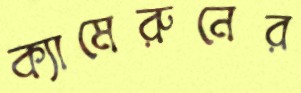
ক্যামেরুনের